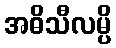
အဓိသီလမ္ပိ